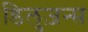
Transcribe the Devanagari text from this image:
डिलुज़न्स